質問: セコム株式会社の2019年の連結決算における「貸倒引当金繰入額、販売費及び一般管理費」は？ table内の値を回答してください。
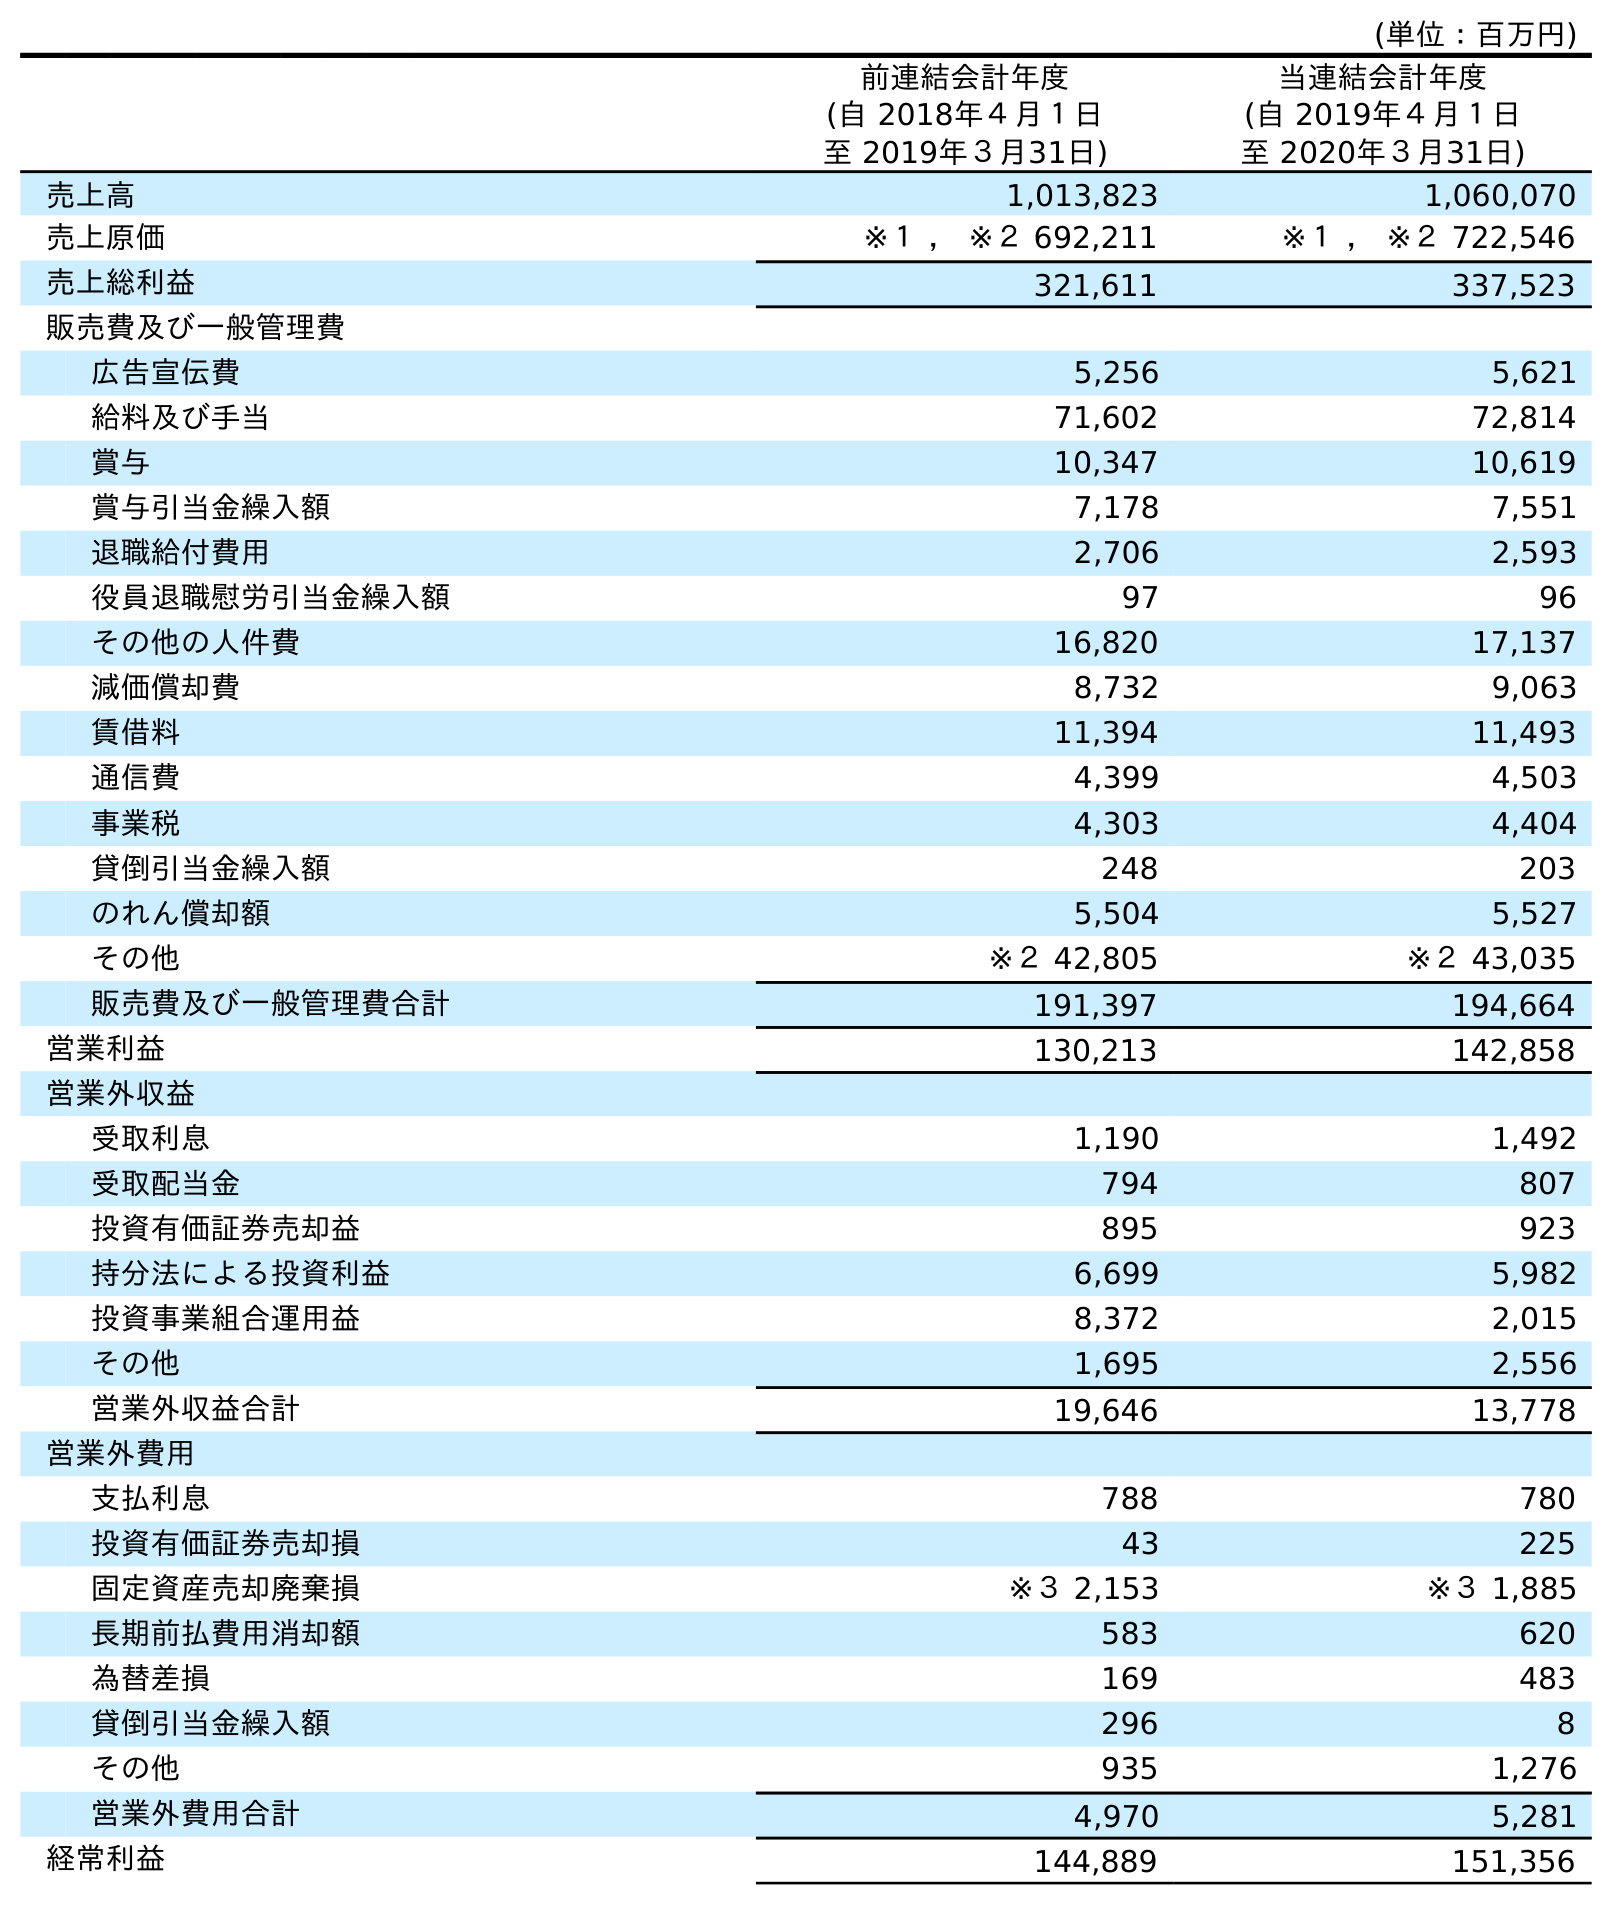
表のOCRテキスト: (単位：百万円) 前連結会計年度 (自 2018年４月１日 至 2019年３月31日) 当連結会計年度 (自 2019年４月１日 至 2020年３月31日) 売上高 1,013,823 1,060,070 売上原価 ※１ ， ※２ 692,211 ※１ ， ※２ 722,546 売上総利益 321,611 337,523 販売費及び一般管理費 広告宣伝費 5,256 5,621 給料及び手当 71,602 72,814 賞与 10,347 10,619 賞与引当金繰入額 7,178 7,551 退職給付費用 2,706 2,593 役員退職慰労引当金繰入額 97 96 その他の人件費 16,820 17,137 減価償却費 8,732 9,063 賃借料 11,394 11,493 通信費 4,399 4,503 事業税 4,303 4,404 貸倒引当金繰入額 248 203 のれん償却額 5,504 5,527 その他 ※２ 42,805 ※２ 43,035 販売費及び一般管理費合計 191,397 194,664 営業利益 130,213 142,858 営業外収益 受取利息 1,190 1,492 受取配当金 794 807 投資有価証券売却益 895 923 持分法による投資利益 6,699 5,982 投資事業組合運用益 8,372 2,015 その他 1,695 2,556 営業外収益合計 19,646 13,778 営業外費用 支払利息 788 780 投資有価証券売却損 43 225 固定資産売却廃棄損 ※３ 2,153 ※３ 1,885 長期前払費用消却額 583 620 為替差損 169 483 貸倒引当金繰入額 296 8 その他 935 1,276 営業外費用合計 4,970 5,281 経常利益 144,889 151,356
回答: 248